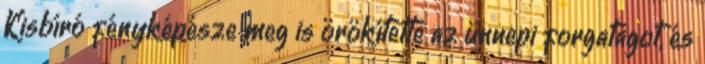
Kisbíró fényképésze meg is örökítette az ünnepi forgatagot, és